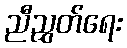
ညီညွှတ်ရေး